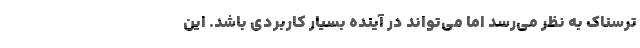
ترسناک به نظر می‌رسد اما می‌تواند در آینده بسیار کاربردی باشد. این